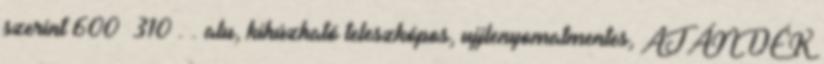
szerint 600 310 . . alu, kihúzható teleszkópos, ujjlenyomatmentes, AJÁNDÉK